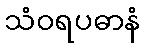
သံဝရပဓာနံ